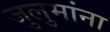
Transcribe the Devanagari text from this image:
जुलुमांना